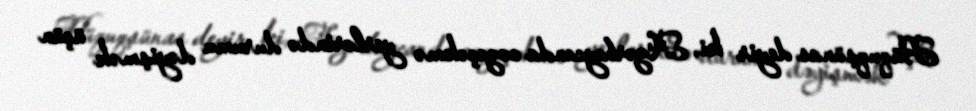
Hüquqşünas deyir ki, Azərbaycanda cəzaçəkmə yerlərində durumu dəyişmək üçün